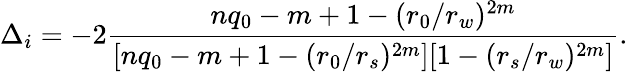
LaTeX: \Delta_{i}=-2\frac{nq_{0}-m+1-(r_{0}/r_{w})^{2m}}{[nq_{0}-m+1-(r_{0}/r_{s})^{2m}][1-(r_{s}/r_{w})^{2m}]}.